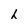
Character: h